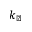
k _ { \perp }